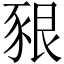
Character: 豤